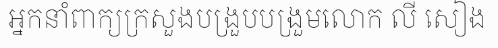
អ្នកនាំពាក្យក្រសួងបង្រួបបង្រួមលោក លី សៀង